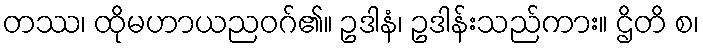
တဿ၊ ထိုမဟာယညဝဂ်၏။ ဥဒါနံ၊ ဥဒါန်းသည်ကား။ ဌိတိ စ၊